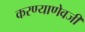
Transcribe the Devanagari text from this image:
करण्याणेवजी